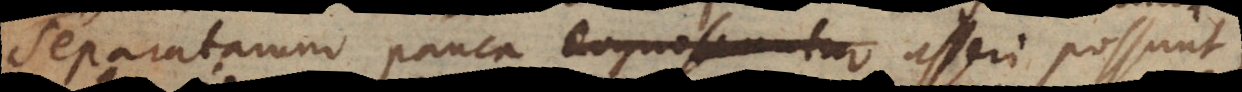
separatarum pauca cognoscuntur asseri possunt,